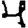
Digit: 4